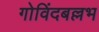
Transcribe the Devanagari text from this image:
गोविंदबल्लभ